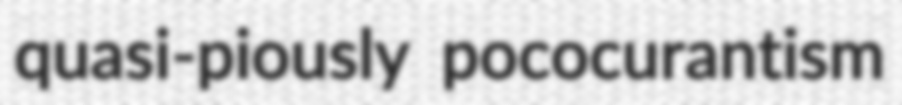
quasi-piously pococurantism